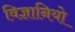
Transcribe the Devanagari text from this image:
विज्ञानियो